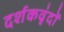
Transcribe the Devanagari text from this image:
दर्शकवृंदों